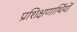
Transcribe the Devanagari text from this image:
प्रशिक्षणार्थियों